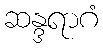
ဆန္ဒရာဂံ